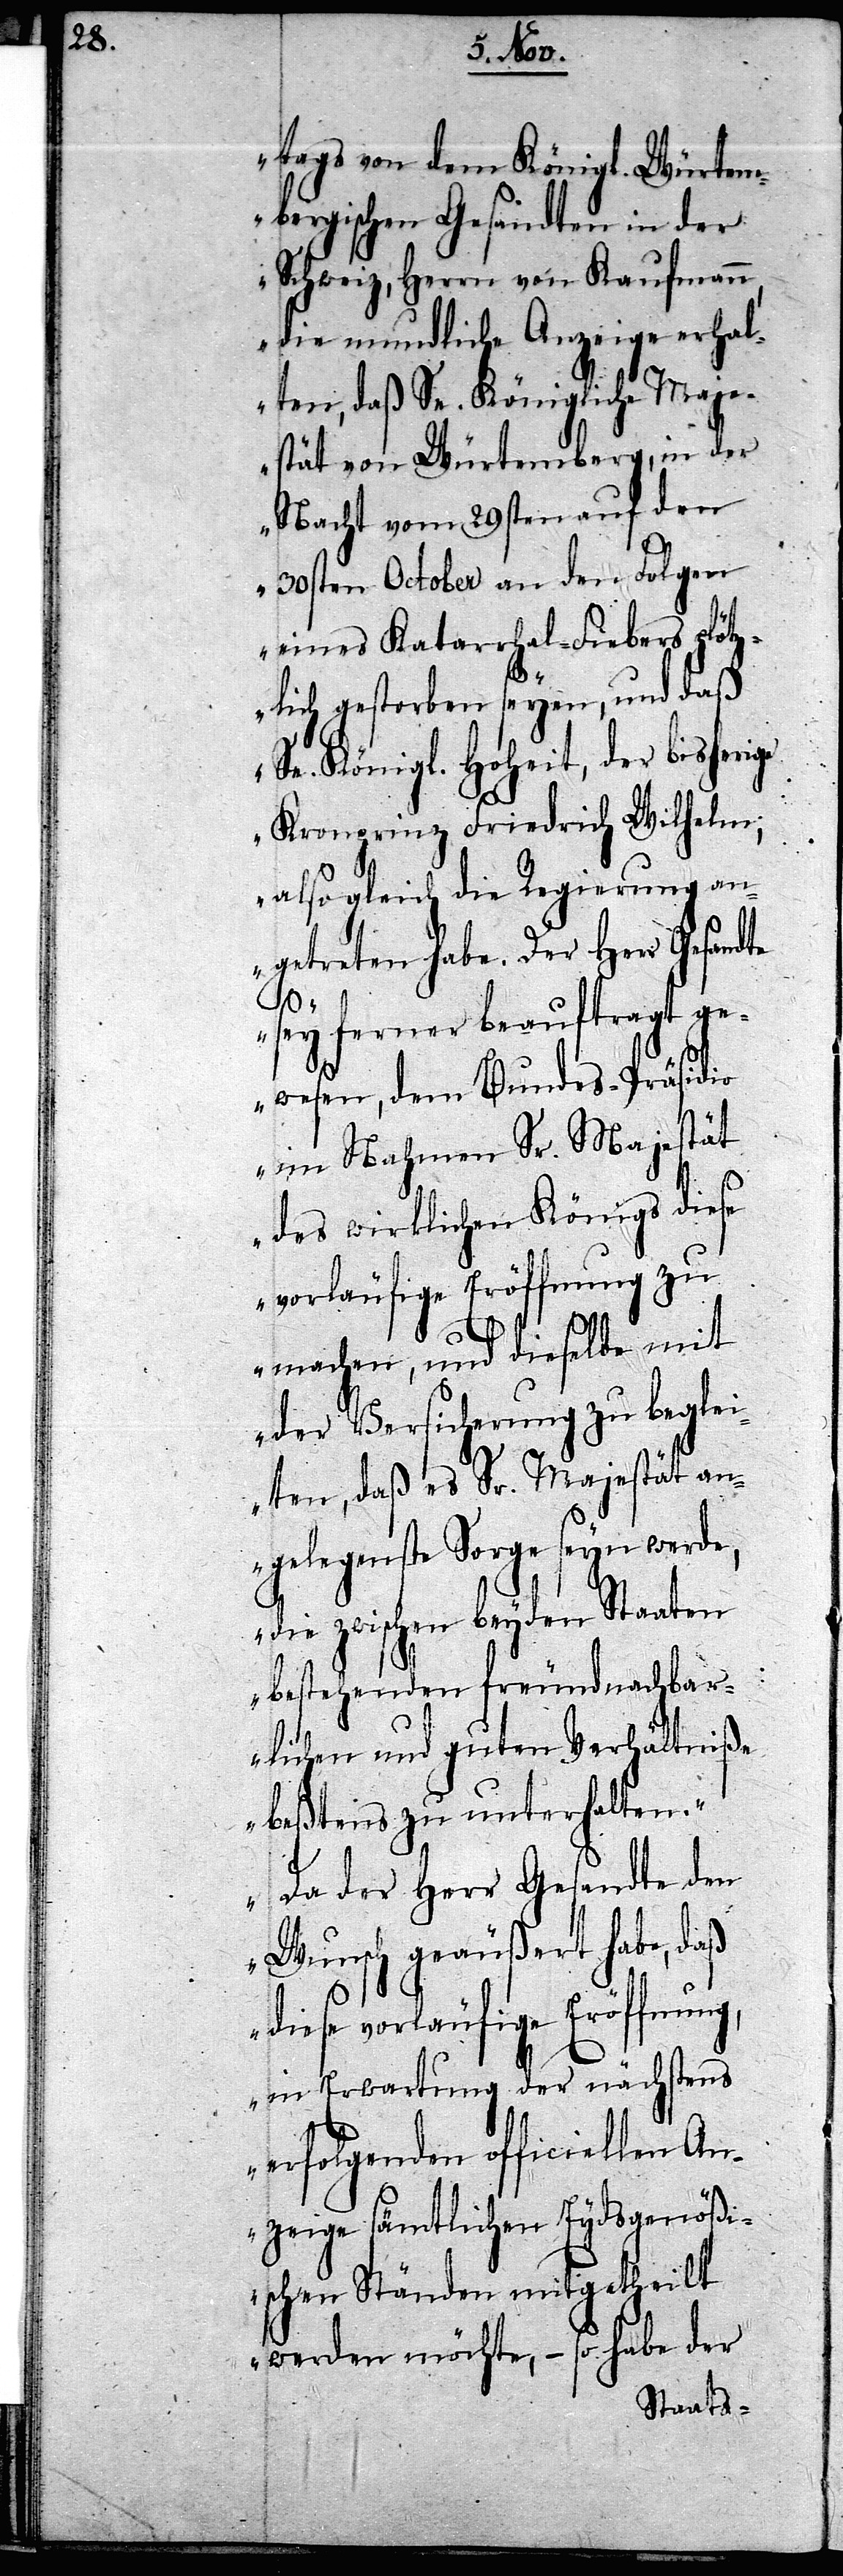
tags von dem Königl. Würtem¬
bergischen Gesandten in der
Schweiz, Herrn von Kaufmann,
die mundliche Anzeige erhal¬
ten, daß Se. Königliche Maj¬
estät von Würtemberg, in der
Nacht vom 29sten auf den
30sten October an den Folgen
eines Katarrhal-Fiebers plötz¬
lich gestorben seyen, und daß
Se. Königl. Hoheit, der bisherige
Kronprinz Friedrich Wilhelm;
also gleich die Regierung an¬
getreten habe. Der Herr Gesandte
sey ferner beauftragt ge¬
wesen, dem Bundes-Präsidio
im Nahmen Sr. Majestät
des wirklichen Königs diese
vorläufige Eröffnung zu
machen, und dieselbe mit
der Versicherung zu beglei¬
ten, daß es Sr. Majestät an¬
gelegenste Sorge seyn werde,
die zwischen beyden Staaten
bestehenden freundnachbar¬
lichen und guten Verhältniße
beßtens zu unterhalten.“
„Da der Herr Gesandte den
Wunsch geäußert habe, daß
diese vorläufige Eröffnung,
in Erwartung der nächstens
erfolgenden officiellen An¬
zeige sämtlichen Eydsgenößi¬
schen Ständen mitgetheilt
werden möchte, – so habe der